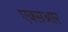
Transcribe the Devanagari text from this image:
एक्सआर